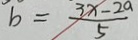
b = \frac { 3 x - 2 a } { 5 }